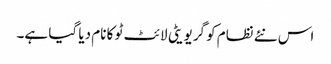
اس نئے نظام کو گریویٹی لائٹ ٹو کا نام دیا گیا ہے۔